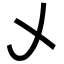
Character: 乄